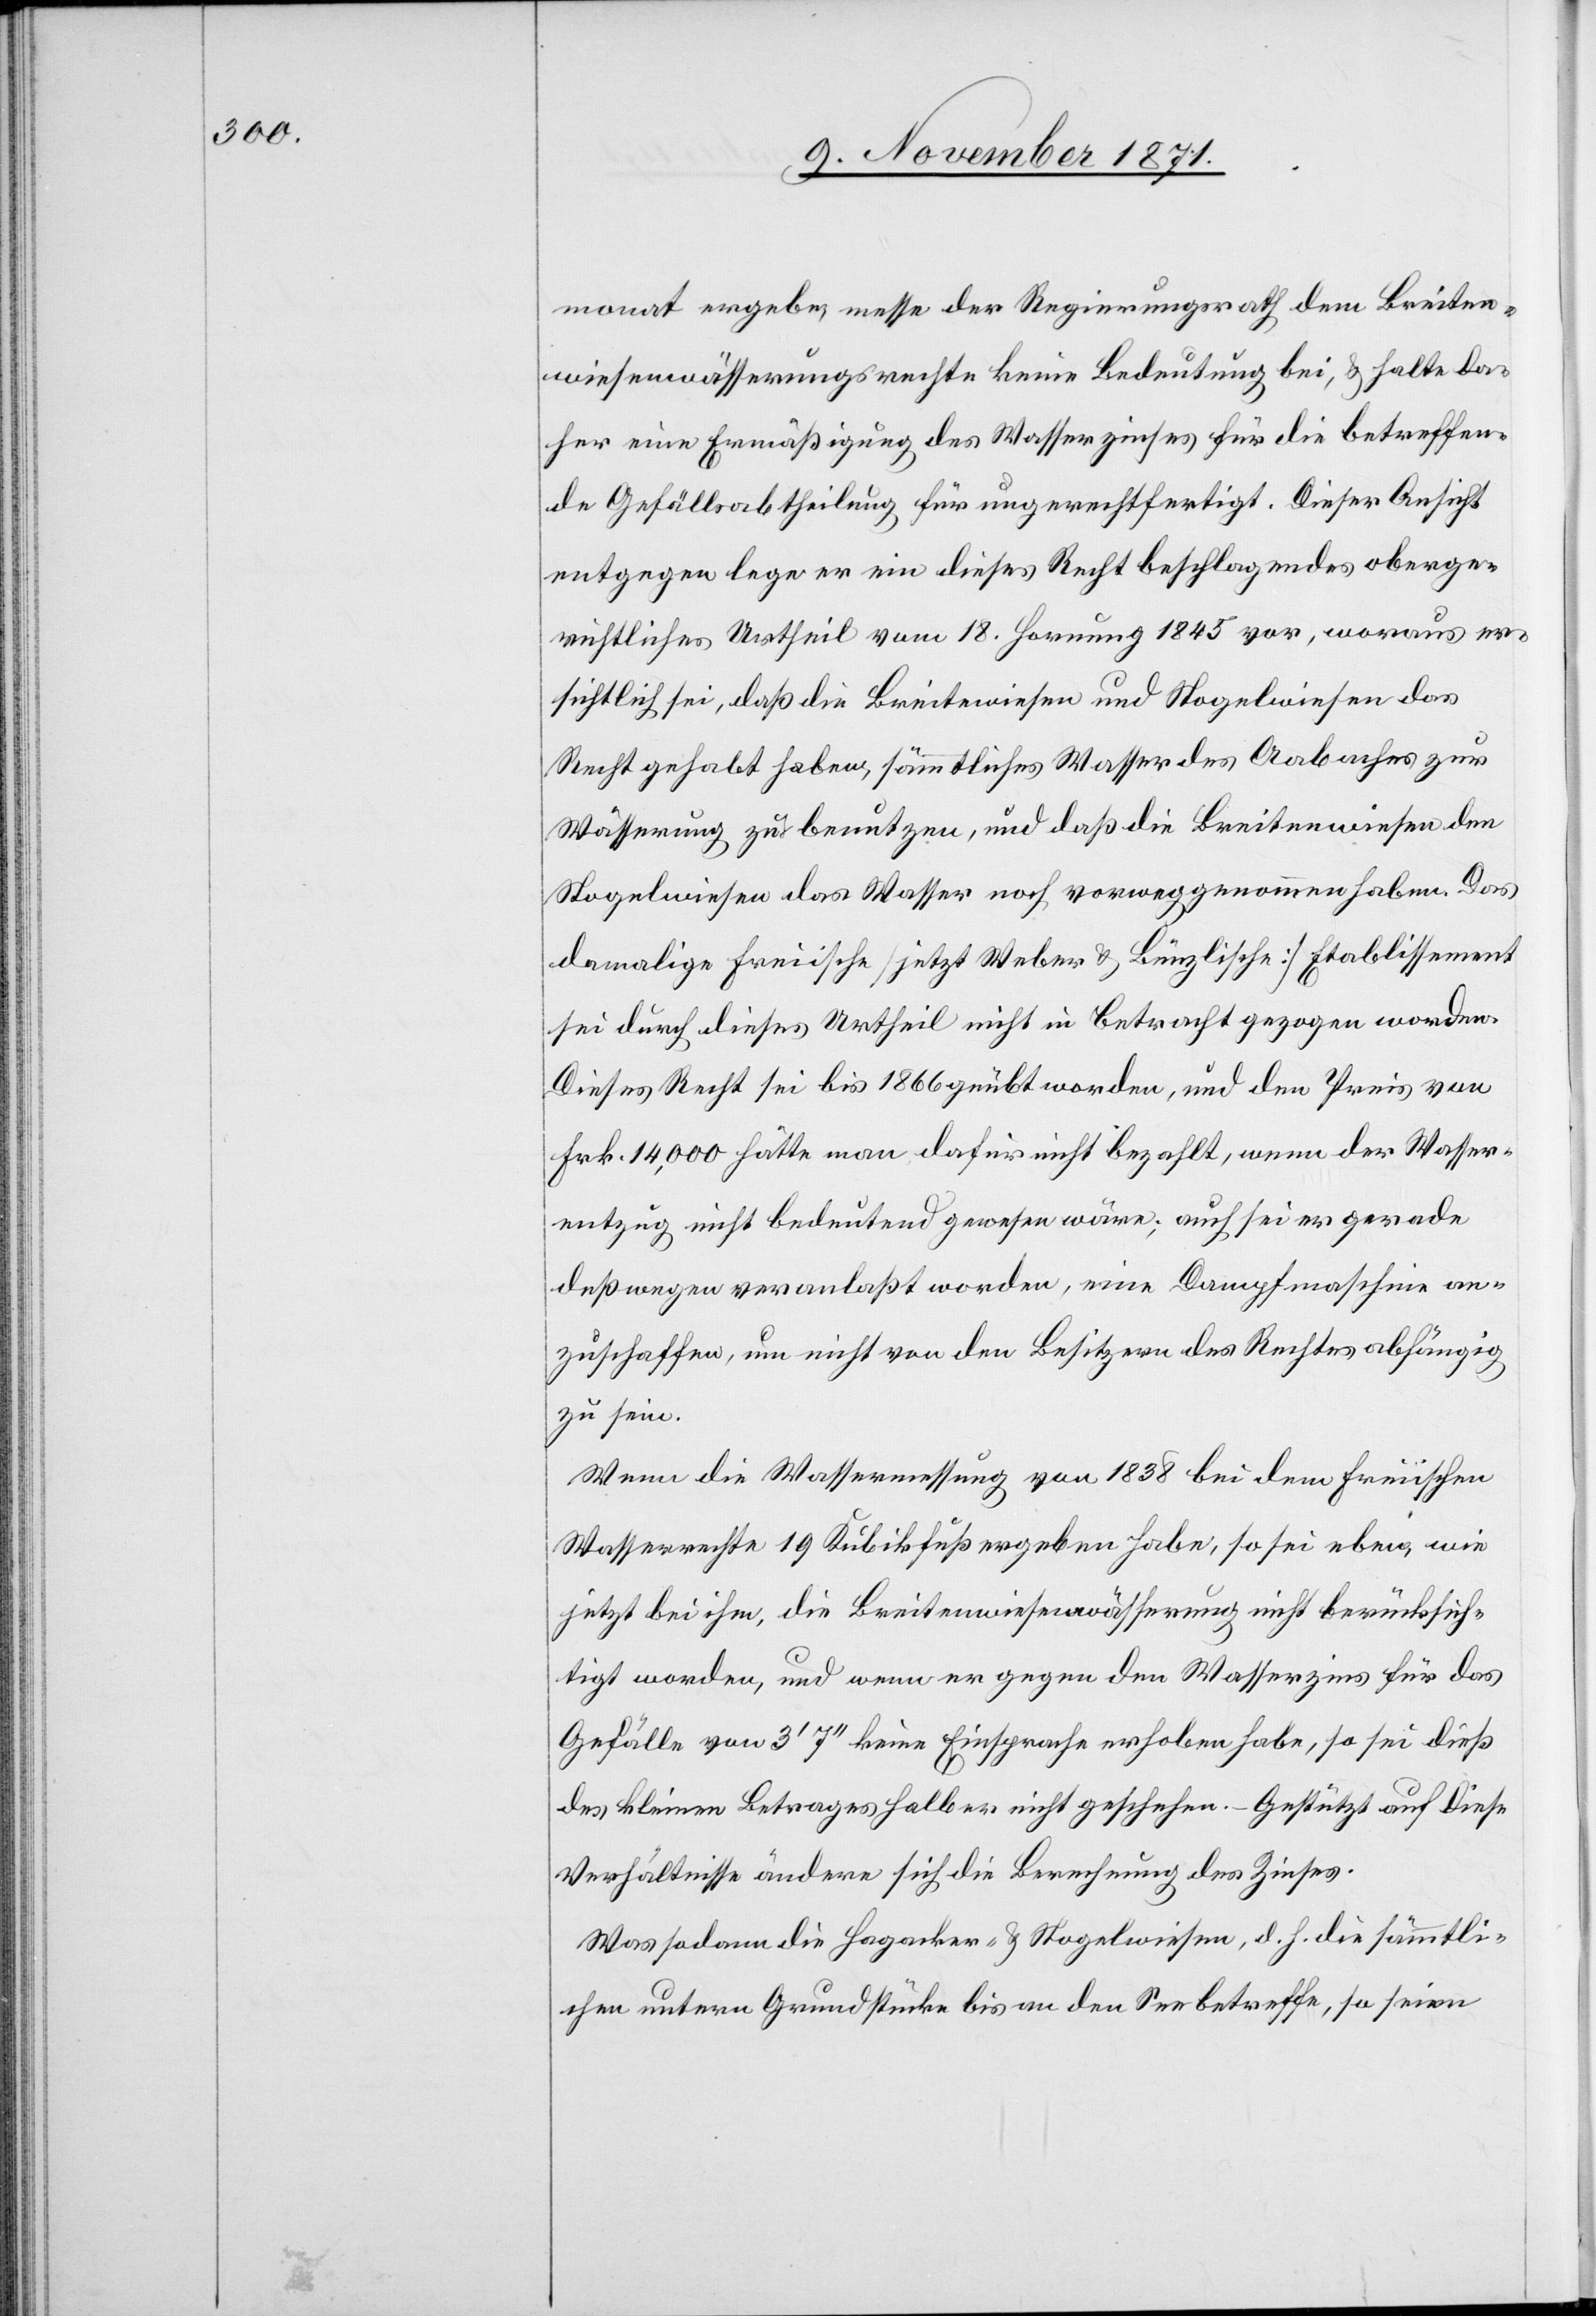
monat ergeben, messe der Regierungsrath dem Breiten¬
wiesenwässerungsrechte keine Bedeutung bei, & halte da¬
her eine Ermäßigung des Wasserzinses für die betreffen¬
de Gefällsabtheilung für ungerechtfertigt. Dieser Ansicht
entgegen lege er ein dieses Recht beschlagendes oberge¬
richtliches Urtheil vom 18. Hornung 1845 vor, woraus er¬
sichtlich sei, daß die Breitewiesen und Stogelwiesen das
Recht gehabt haben, sämmtliches Wasser des Aabaches zur
Wässerung zu benutzen, und daß die Breitenwiesen den
Stogelwiesen das Wasser noch vorweggenommen haben. Das
damalige Freiische [jetzt Weber & Bünzlische] Etablissement
sei durch dieses Urtheil nicht in Betracht gezogen worden.
Dieses Recht sei bis 1866 geübt worden, und den Preis von
Frk. 14,000 hätte man dafür nicht bezahlt, wenn der Wasser¬
entzug nicht bedeutend gewesen wäre; auch sei er gerade
deßwegen veranlaßt worden, eine Dampfmaschine an¬
zuschaffen, um nicht von den Besitzern des Rechtes abhängig
zu sein.
Wenn die Wassermessung von 1838 bei dem Freiischen
Wasserrechte 19 Kubikfuß ergeben habe, so sei eben, wie
jetzt bei ihm, die Breitenwiesenwässerung nicht berücksich¬
tigt worden, und wenn er gegen den Wasserzins für das
Gefälle von 3’ 7’’ keine Einsprache erhoben habe, so sei dieß
des kleinen Betrages halber nicht geschehen. – Gestützt auf diese
Verhältnisse ändere sich die Berechnung des Zinses.
Was sodann die Hagacker- & Stogelwiese, d. h. die sämmtli¬
chen untern Grundstücke bis an den See betreffe, so seien